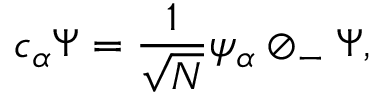
c _ { \alpha } \Psi = { \frac { 1 } { \sqrt { N } } } \psi _ { \alpha } \oslash _ { - } \Psi ,